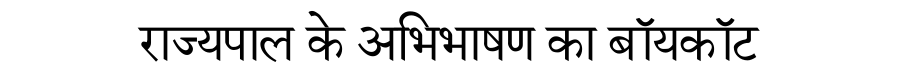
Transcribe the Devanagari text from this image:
राज्यपाल के अभिभाषण का बॉयकॉट